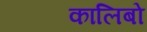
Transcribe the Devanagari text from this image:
कालिबो